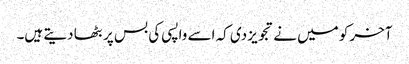
آخر کو میں نے تجویز دی کہ اسے واپسی کی بس پر بٹھا دیتے ہیں۔